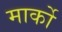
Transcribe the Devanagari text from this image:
मार्को